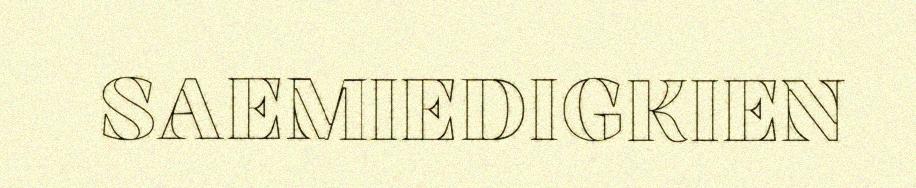
SAEMIEDIGKIEN